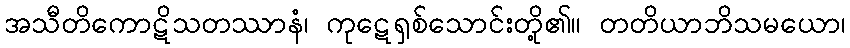
အသီတိကောဋိသတဿာနံ၊ ကုဋေရှစ်သောင်းတို့၏။ တတိယာဘိသမယော၊